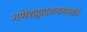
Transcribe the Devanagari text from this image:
गणेशद्वादशनामस्तोत्रं